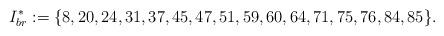
LaTeX: \begin{align*}I^*_{br} := \{8,20,24,31,37,45,47,51,59,60,64,71,75,76,84,85\}.\end{align*}